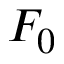
F _ { 0 }